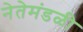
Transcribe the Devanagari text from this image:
नेतेमंडळी